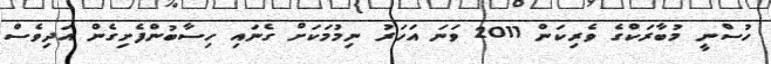
ހުސްނީ މުބާރަކްގެ ވެރިކަން 2011 ވަނަ އަހަރު ނިމުމަކަށް ގެނައި ހިސާބުންފެށިގެން އަދިވެސް